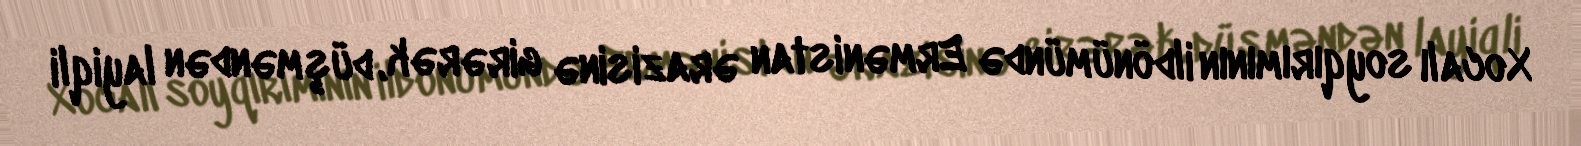
Xocalı soyqırımının ildönümündə Ermənistan ərazisinə girərək, düşməndən layiqli